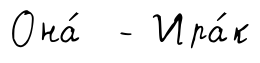
Она́ - Ира́к